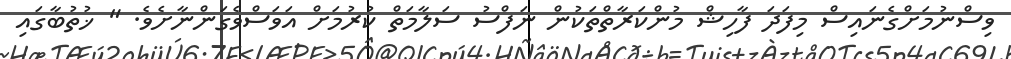
ވިސްނުމަށްގެނައިސް މިފަދަ ފާހިޝް މުންކަރާތްތަކުން ނަފްސު ސަލާމަތް ކުރުމަށް އަވަސްވެގަންނާށެވެ. " ޚުތުބާގައި